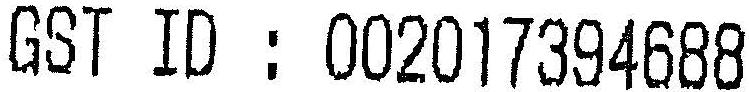
GST ID : 002017394688